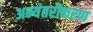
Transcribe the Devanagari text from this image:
अभ्यंतरीकरण